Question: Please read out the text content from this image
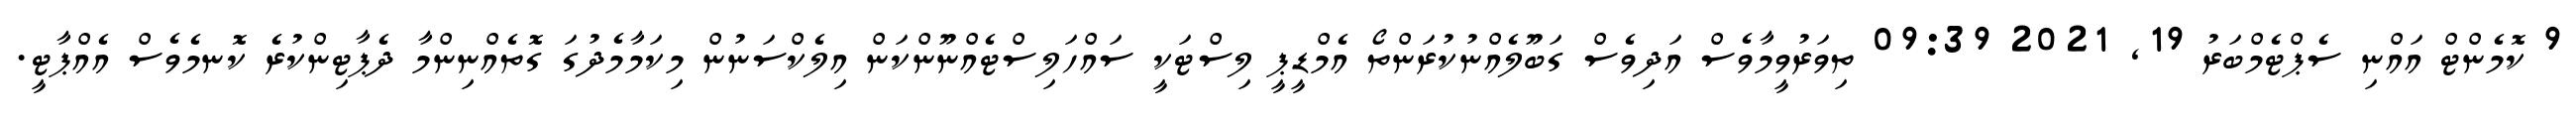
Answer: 9 ކޮމެންޓް އައްނި ސެޕްޓެމްބަރު 19, 2021 09:39 ތިވަރުވީމާވެސް އަދިވެސް ގަބޫލެއްނުކުރަންތޯ އެމްޑީޕީ ލިސްޓަކީ ސައްހަލިސްޓެއްނޫންކަން އިލެކްސަނުން މިކަމާމެދުގަ ގޮތެއްނިންމާ ދެޕާޓިންކުރެ ކޮނމެވެސް އެއްޕާޓީ.